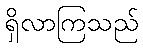
ရှိလာကြသည်